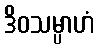
ဒိဝသမ္ပာဟံ